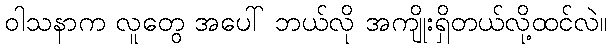
ဝါသနာက လူတွေ အပေါ် ဘယ်လို အကျိုးရှိတယ်လို့ထင်လဲ။